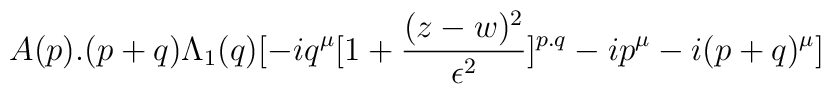
A(p).(p+q) \Lambda _1(q)[-iq^\mu  [1+ {(z-w)^2\over \epsilon ^2}]^{p.q} -ip^\mu -i(p+q)^\mu]